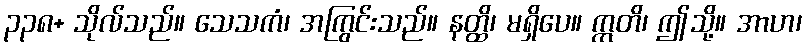
၃၃၈+ သိုလ်သည်။ သေသကံ၊ အကြွင်းသည်။ နတ္ထိ၊ မရှိပေ။ ဣတိ၊ ဤသို့။ အာဟ၊